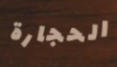
الحجارة